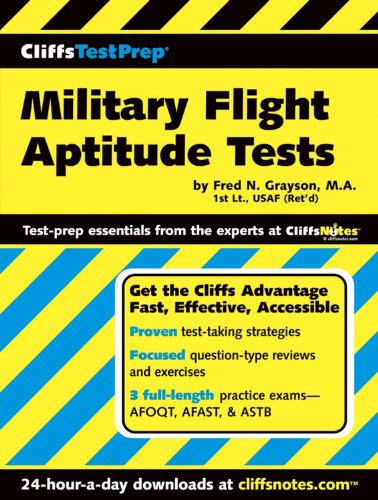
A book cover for CliffsTestPrep Military Flight Aptitude Tests; Fred N Grayson; Test Preparation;